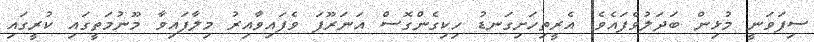
ސިފަވަނީ މުޅިން ބަދަލުވެފައެވެ. އެރީތިހަށިގަނޑު ހިކިގެންގޮސް އަނަރޫފަ ވެފައިވާއިރު މިލާފައިވާ މޫނުމަތީގައި ކުރީގައި